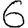
Digit: 6